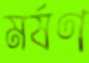
মর্ষণ